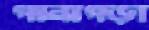
পানাপড়া